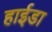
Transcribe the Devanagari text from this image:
हाईडा